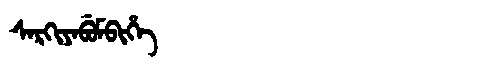
Manchu: ᠰᠠᡵᡴᡳᠶᠠᠪᡠᠮᠪᡳᡥᡝ
Romanization: SARKIYABUMBIHE